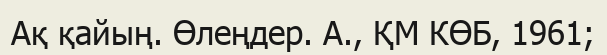
Ақ қайың. Өлеңдер. А., ҚМ КӨБ, 1961;